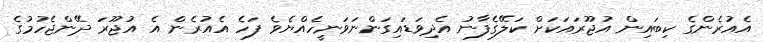
އެއުރެންގެ ކިބައިން އުޖޫރައަކަށް ކަލޭގެފާނު އެދިވަޑައިގަންނަވަނީހެއްޔެވެ ފަހެ އެއުރެން އެ އުޖޫރަ ދޭންޖެހުމުގެ